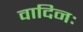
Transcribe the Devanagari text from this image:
वादिनः